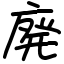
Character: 廃